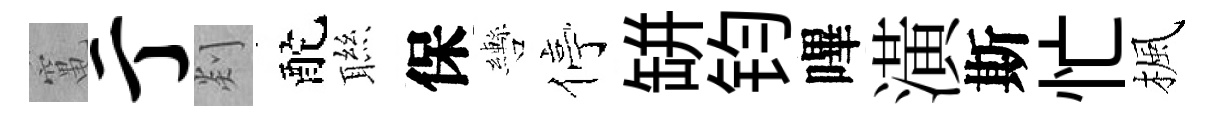
𥧄亍剡酡聮保轡停缾钧嗶潢斯忙楓